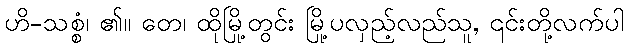
ဟိ-သစ္စံ၊ ၏။ တေ၊ ထိုမြို့တွင်း မြို့ပလှည့်လည်သူ, ၎င်းတို့လက်ပါ